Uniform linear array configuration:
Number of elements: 32
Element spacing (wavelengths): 1
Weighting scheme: hann
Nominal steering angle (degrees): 15
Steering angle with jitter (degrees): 16.031
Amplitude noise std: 0.05
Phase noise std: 0.05

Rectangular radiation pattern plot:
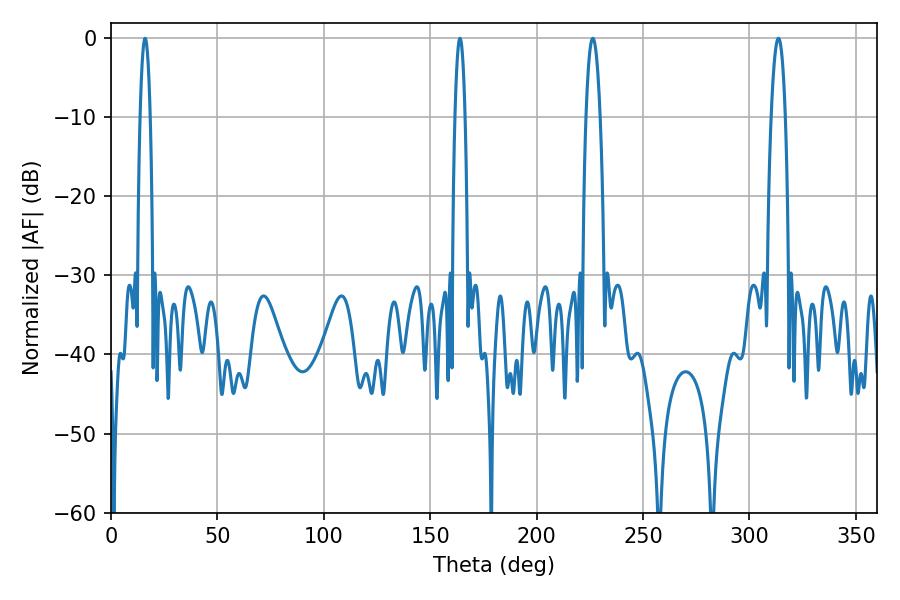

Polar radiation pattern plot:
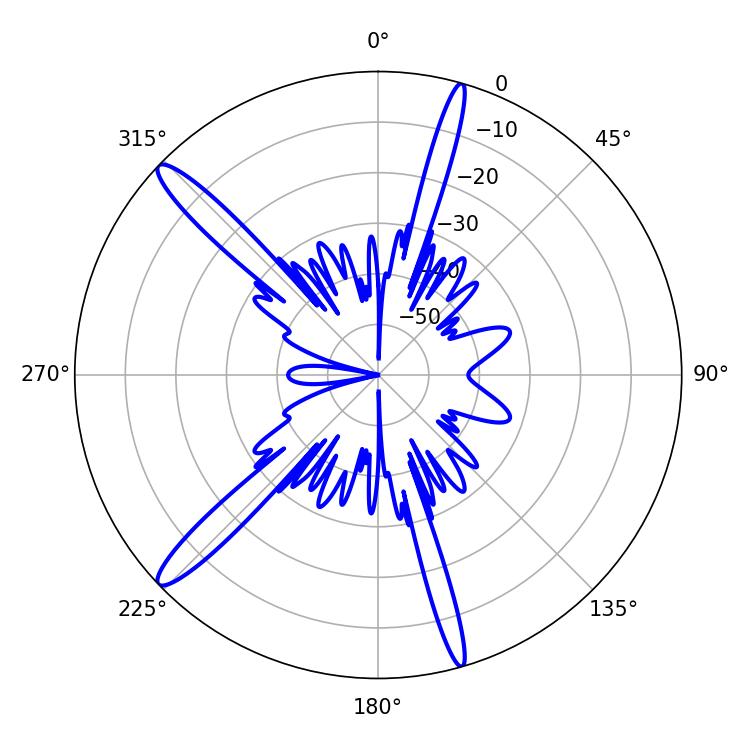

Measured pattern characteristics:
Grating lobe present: TRUE
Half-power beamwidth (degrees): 2.52
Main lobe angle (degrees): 16.02